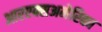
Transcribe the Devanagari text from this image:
आरएक्सअमेरिका